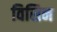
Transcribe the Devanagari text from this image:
विसिन